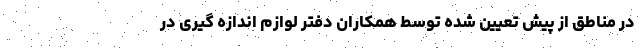
در مناطق از پیش تعیین شده توسط همکاران دفتر لوازم اندازه گیری در